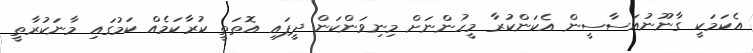
އެކަމަކީ ގާނޫނުއަސާސީން އެކަންކުރާ މީހުންނަށް މިނިވަންކަން ދީފައި އޮތަތީ ކުރާކަމެއް ކަމުގައި މާނަކުރާތީ